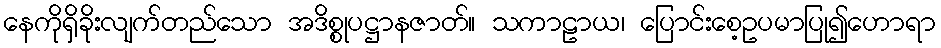
နေကိုရှိခိုးလျက်တည်သော အဒိစ္စုပဋ္ဌာနဇာတ်။ သကာဠာယ၊ ပြောင်းစေ့ဥပမာပြု၍ဟောရာ